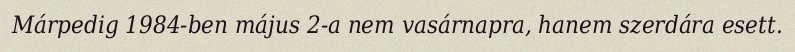
Márpedig 1984-ben május 2-a nem vasárnapra, hanem szerdára esett.